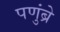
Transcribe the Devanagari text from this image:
पणुंब्रे